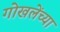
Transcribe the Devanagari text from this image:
गोखलेंच्या